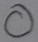
Text: O